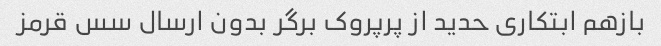
بازهم ابتکاری حدید از پرپروک برگر بدون ارسال سس قرمز